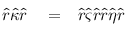
\begin{array} { r l r } { \hat { r } \hat { \kappa } \hat { r } } & { { } = } & { \hat { r } \hat { \varsigma } \hat { r } \hat { r } \hat { \eta } \hat { r } } \end{array}